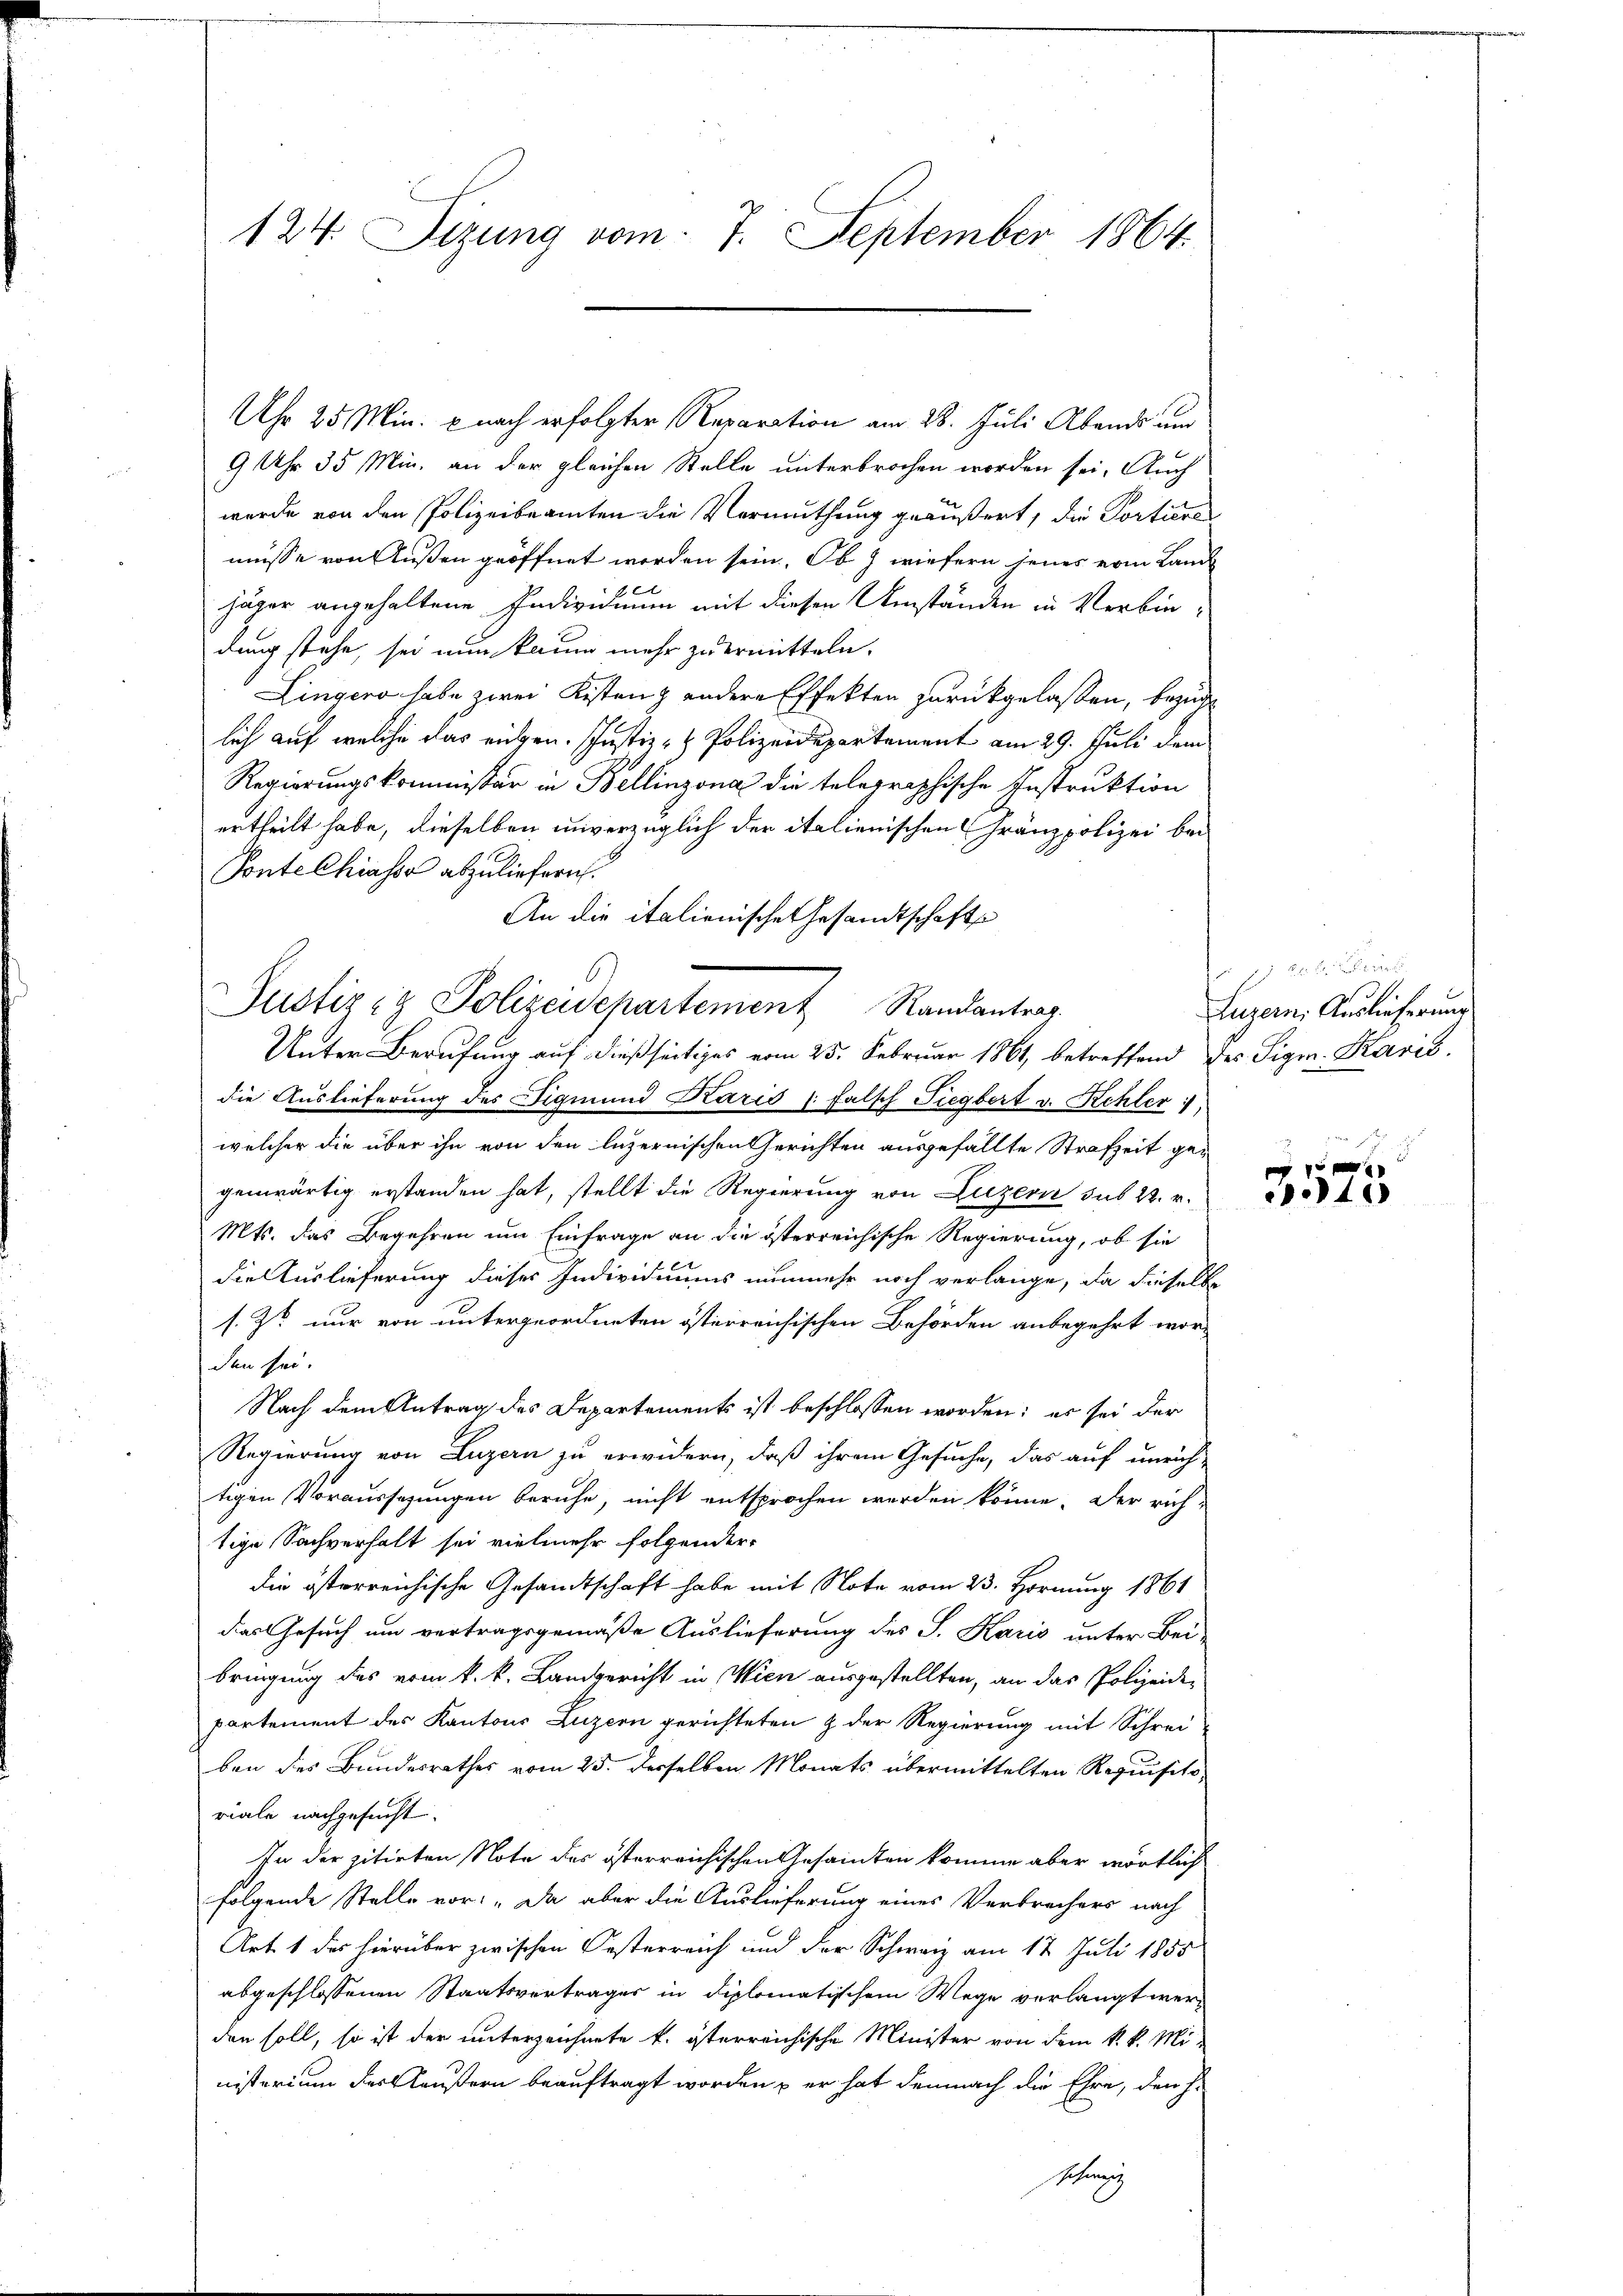
124. Sizung vom 7. September 1864.

Uhr 25 Min. u nach erfolgter Reparation am 28. Juli Abends und
9 Uhr 35 Min. an der gleichen Stelle unterbrochen worden sei. Auch
wurde von den Polizeibeamten die Vermuthung geäußert, die Portire
müsse von Außen geöffnet worden sein. Ob J wiefern jenes vom Land
jäger angehaltene Individuum mit diesen Umständen in Verbindung stehe, sei nun kaum mehr zu ermitteln.
Lingers habe zwei Kistenz andere Effekten zurückgelassen, bezug
lich auf welche das eigen. Justiz- & Polizeidepartement am 29. Juli dem
Regierungskommissär in Bellinzona die telegraphische Instruktion
ertheilt habe, dieselben unverzüglich der italienischen Gränzpolizei bei
Ponte Chiasso abzuliefern.
An die italienische Gesandtschafts
Unter Berufung auf dießseitiges vom 25. Februar 1861, betreffend der Sigr. Karis,
die Auslieferung des Figmund Karis 1 falsch Tiegbert v. Rchler :/.
welcher die über ihn von den luzernischen Gerichten ausgefällte Strafzeit gegenwärtig erstanden hat, stellt die Regierung von Luzern sub 22. r.
Mts. das Begehren um Einfrage an die österreichische Regierung, ob sie
die Auslieferung dieses Individuums nunmehr noch verlange, da dieselbe
s. Z. nur von untergeordneten österreichischen Behörden anbegehrt wor-
den sei.
Nach dem Antrag des Departements ist beschlossen worden; es sei der
Regierung von Luzern zu erwidern, daß ihrem Gesuche, das auf unrich-
tigen Voraussezungen beruhe, nicht entsprochen werden könne. Der rich-
tige Sachverhalt sei vielmehr folgender
die österreichische Gesandtschaft habe mit Note vom 23. Hornung 1861
das Gesuch um vertragsgemäße Auslieferung des J. Karis unter Bei-
bringung des vom k. k. Landgericht in Wien ausgestellten, an das Polizeide
partement des Kantons Luzern gerichteten & der Regierung mit Schrei-
ben des Bundesrathes vom 25. derselben Monats übermittelten Requisito-
riale nachgesucht.
In der zitirten Note des österreichischen Gesamten komme aber wörtlich
folgende Stelle vor: „Da aber die Auslieferung eines Verbrechers nach
Art. 1 des hierüber zwischen Oesterreich und der Schweiz am 17 Juli 1855
abgeschlossenen Staatsvertrages in diplomatischem Wege verlangt werden soll, so ist der unterzeichnete k. österreichische Minister von dem k. k. Mi-
nisterium der kläußern beauftragt worden, er hat demnach die Ehre, den h.
Schweiz

Justiz & Polizeidepartement Randantrag

d
Luzern Auslieferung

4